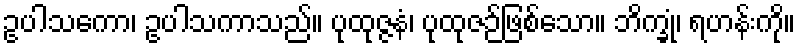
ဥပါသကော၊ ဥပါသကာသည်။ ပုထုဇ္ဇနံ၊ ပုထုဇဉ်ဖြစ်သော။ ဘိက္ခုံ၊ ရဟန်းကို။